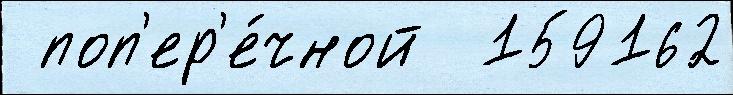
 поп'ер'е́чной  159162